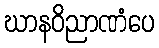
ဃာနဝိညာဏံပေ